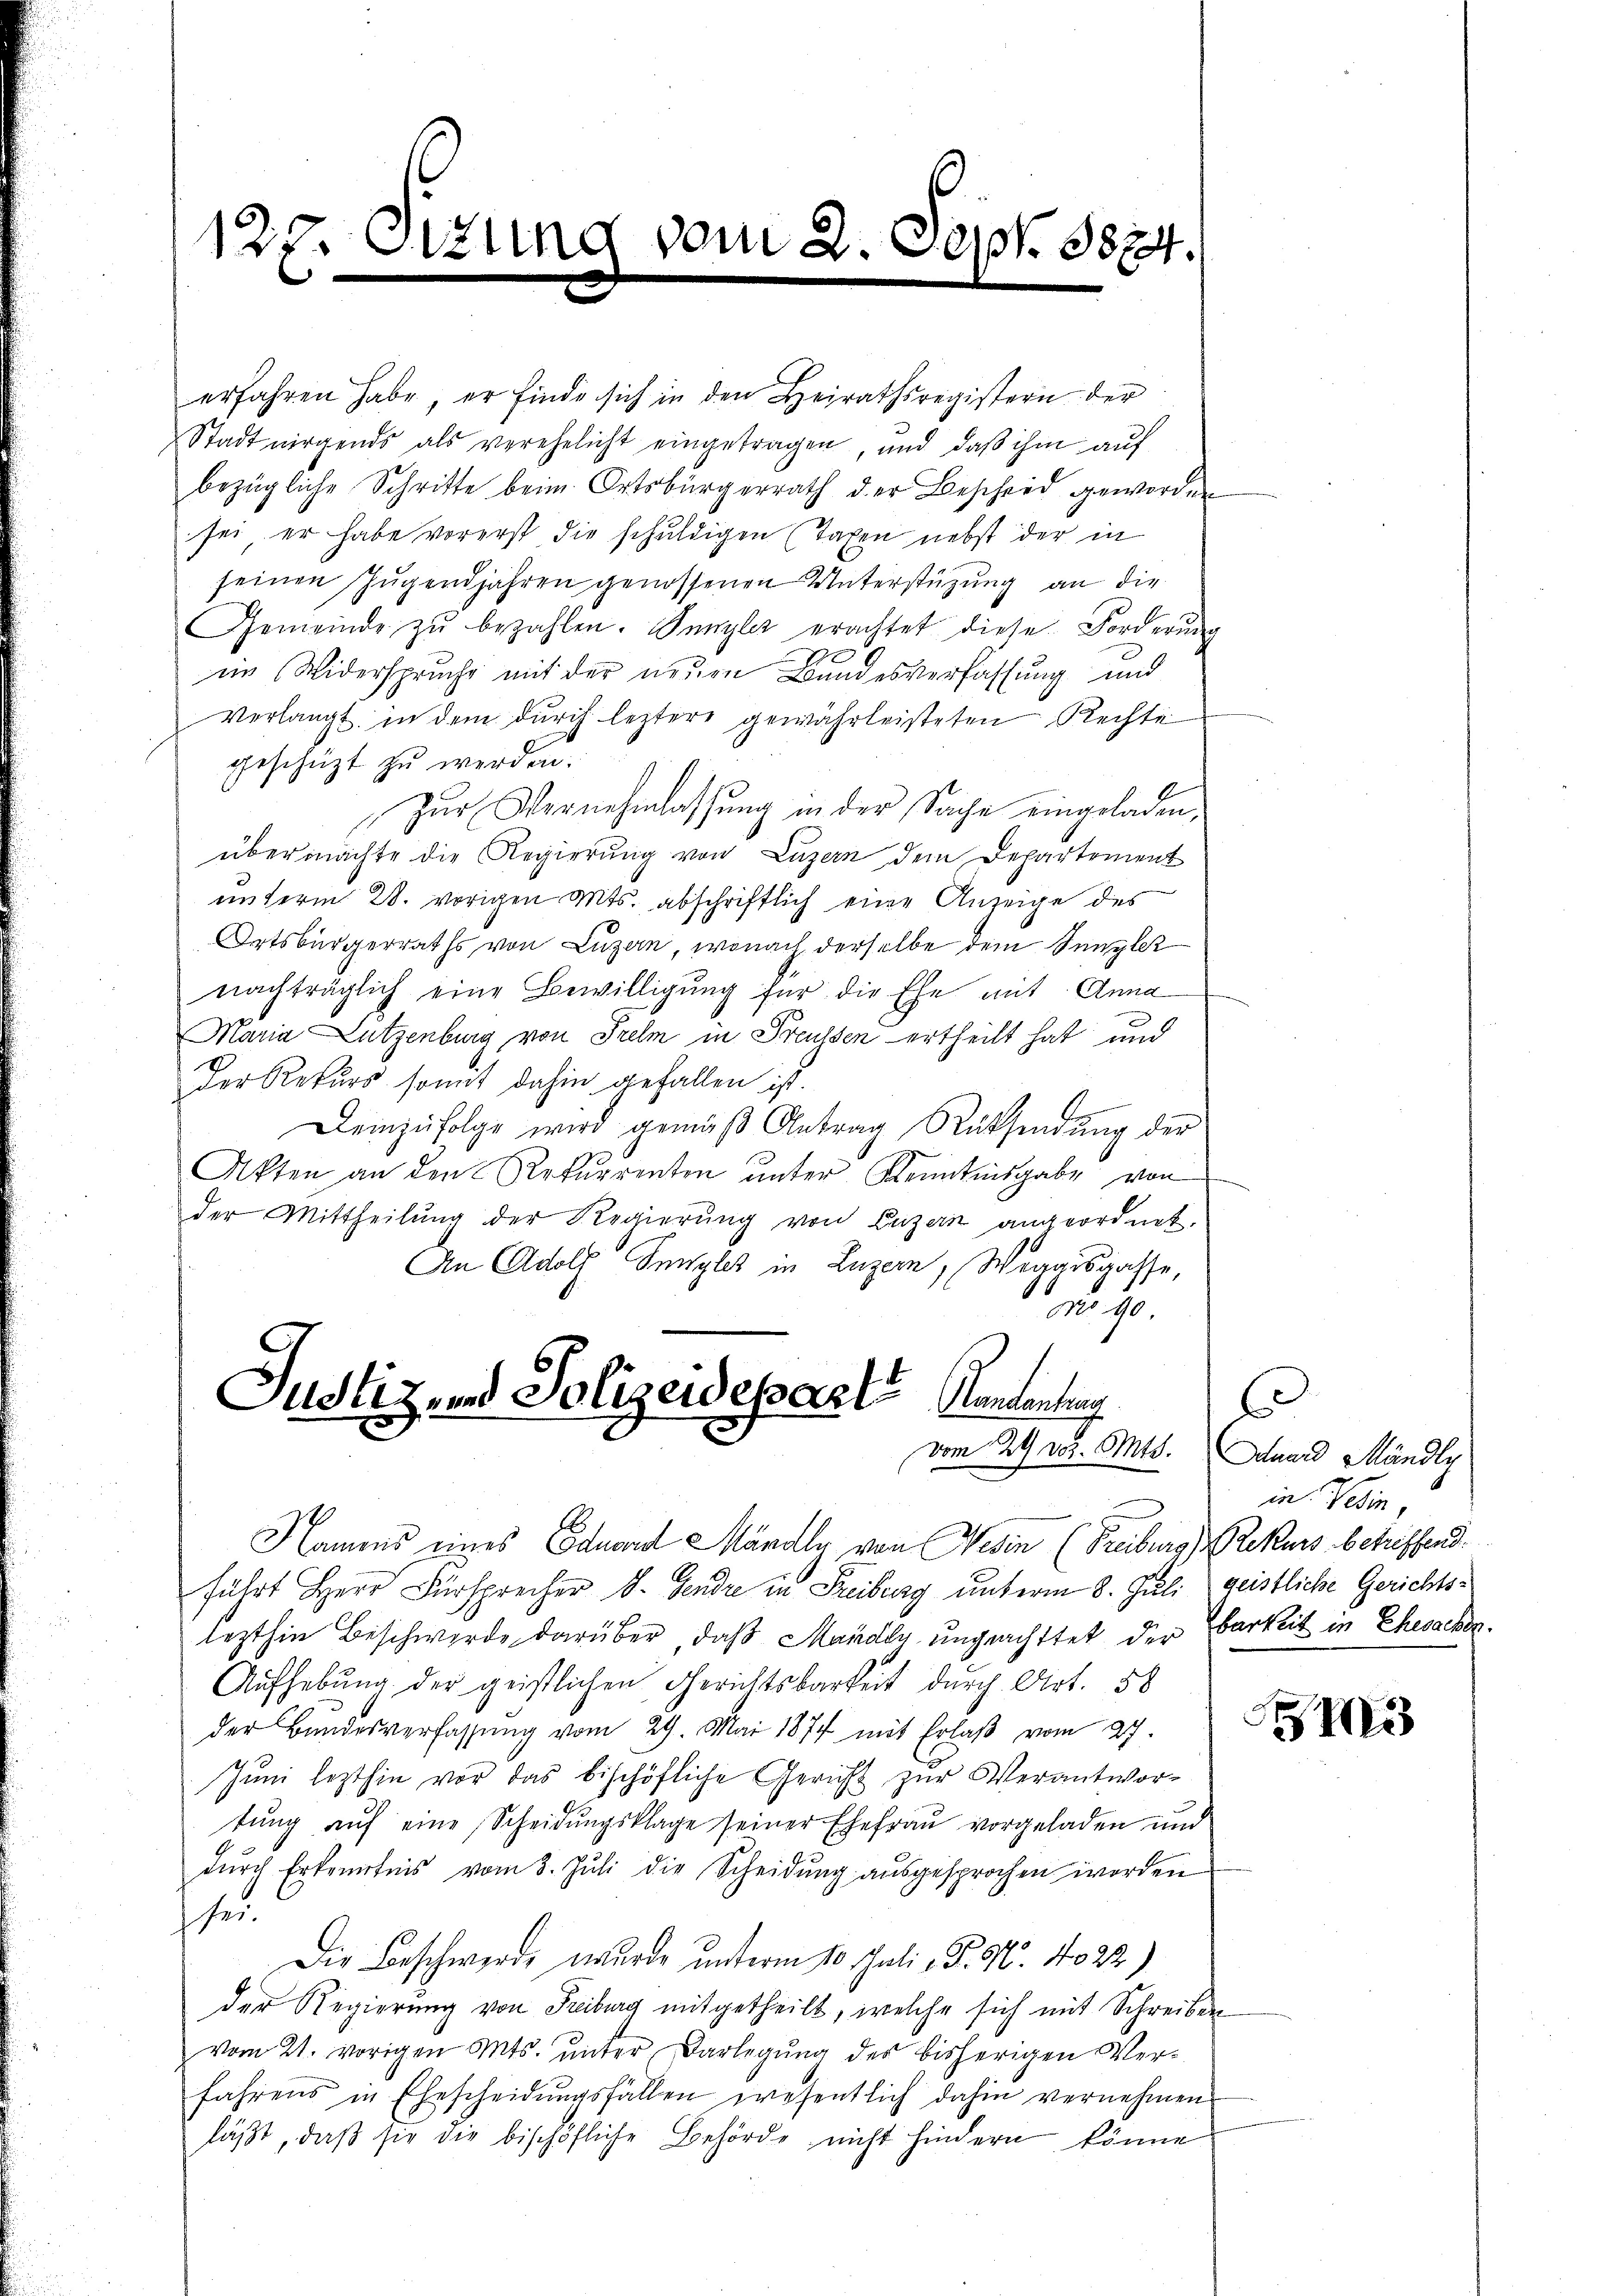
127. Ottung vom 2. Sept. 1874.
e

erfahren habe, er finde sich in den Heirathsregistern der
Stadt nirgends als verehelicht eingetragen, und daß ihm auf
bezügliche Schritte beim Ortsbürgerrath der Bescheid geworden
sei er habe vorerst die schuldigen (Taxen nebst der in
seinen Jugendjahren genossenen Unterstüzung an die
Gemeinde zŭ bezahlen. Sengler erachtet diese Forderŭng
in Widerspruche mit der neuen Bundesverfassung und
Verlangt, in dem durch leztere gewährleisteten Rechte
geschüzt zu werden.
zur Vernehmlassung in der Sache eingeladen,
übermachte die Regierŭng von Luzern dem Departement
unterm 28. vorigen Mts. abschriftlich eine Anzeige des
Ortsbürgerraths von Luzern, wonach derselbe dem Kanzler
nachträglich eine Bewilligung für die Ehe mit Anna
Maria Lützenburg, von Prelm in Preussen ertheilt hat und
Der Rekurs somit dahin gefallen ist.
Deinzŭfolge wird gemäβ Antrag Rücksendŭng der
Akten an den Rekurrenten ŭnter Kenntnisgabe von
der Mittheilung der Regierŭng von Luzern angeordnet.
An Adolf Sengles in Luzern, Weggisgasse,
190
Justiz und Polizeideparte
Handantrag
vom 29. vor. Mts. Eduard Mändli

Namens eines Eduard Mändly von Nesen (Freiburg, Rekurs betriffend.
führt Herr Fürsprecher d. Gendre in Freiburg unterm 8. Juli geistliche Gerichtslezthin Beschwerde darüber, daß Manden ungeachttet der Barkeit in Ehesacker.
Aufhebung der geistlichen Gerichtsbarkeit durch Art. 58
der Bandesverfassŭng vom 29. Mai 1874 mit Erlaβ vom 27.
Juni lezthin vor das bischöfliche Gericht zur Verantwortung auf eine Scheidungsklage seiner Ehefrau vorgeladen und
dŭrch Erkenntnis vom 8. Jŭli die Scheidŭng aŭsgesprochen worden
stun
Die Beschwerde wurde unterm 10. Juli v. P. Nr. 1022)
der Regierung von Freiburg mitgetheilt, welche sich mit Schreiben
vom 21. vorigen Mts. unter Darlegung des bisherigen Verfahrens in Ehescheidŭngsfällen wesentlich dahin vernehmen
läβt, daß sie die bischöfliche Behörde nicht hindern könne

6
in Verin,

3